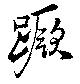
蹶